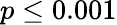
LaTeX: p\leq 0.001